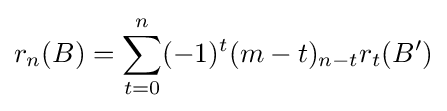
r_{n}(B)=\sum _{t=0}^{n}(-1)^{t}(m-t)_{n-t}r_{t}(B')